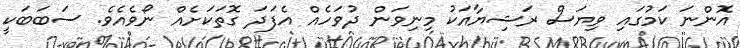
އޮންނަ ކަމުގައި ވިޔަސް ރަޝިޔާއަކު މިނިވަން ދުވަހެއް އެފަދަ ގޮތަކަށެއް ނޯވެއެވެ. ސަބަބަކީ